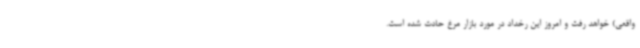
واقعی) خواهد رفت و امروز این رخداد در مورد بازار مرغ حادث شده است.